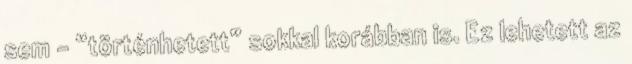
sem – “történhetett” sokkal korábban is. Ez lehetett az